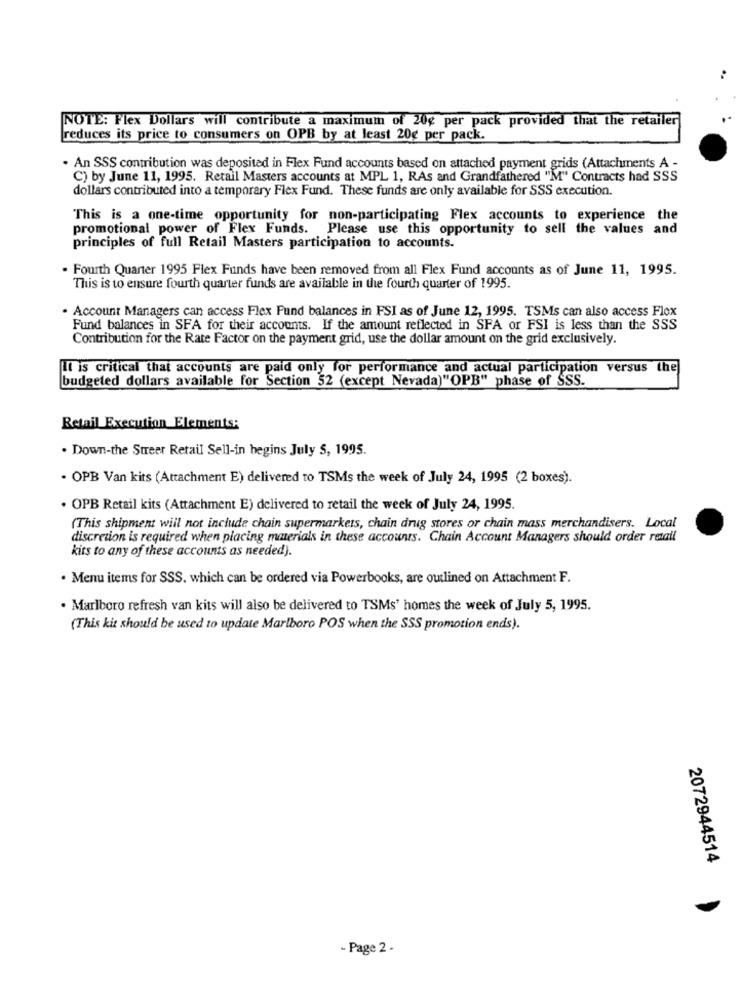
NOTE: Flex Dollars will contribute a maximum of 20g per pack provided that the retailer
reduces its price to consumers on OPB by at least 20g per pack.
. An SSS contribution was deposited in Flex Fund accounts based on attached payment grids (Attachments A -
C) by June 11, 1995. Retail Masters accounts at MPL 1, RAs and Grandfathered "M" Contracts had SSS
dollars contributed into a temporary Flex Fund. These funds are only available for SSS execution.
This is a one-time opportunity for non-participating Flex accounts to experience the
promotional power of Flex Funds. Please use this opportunity to sell the values and
principles of full Retail Masters participation to accounts.
. Fourth Quarter 1995 Flex Funds have been removed from all Flex Fund accounts as of June 11, 1995.
This is to ensure fourth quarter funds are available in the fourth quarter of 1995.
. Account Managers can access Flex Fund balances in FSI as of June 12, 1995. TSMs can also access Flex
Fund balances in SFA for their accounts. If the amount reflected in SFA or FSI is less than the SSS
Contribution for the Rate Factor on the payment grid, use the dollar amount on the grid exclusively.
It is critical that accounts are paid only for performance and actual participation versus the
budgeted dollars available for Section 52 (except Nevada)"OPB" phase of SSS.
Retail Execution_Elements:
. Down-the Street Retail Sell-in begins July 5, 1995.
. OPB Van kits (Attachment E) delivered to TSMs the week of July 24, 1995 (2 boxes).
. OPB Retail kits (Attachment E) delivered to retail the week of July 24, 1995.
(This shipment will not include chain supermarkets, chain drug stores or chain mass merchandisers. Local
discretion is required when placing materials in these accounts. Chain Account Managers should order retail
kits to any of these accounts as needed).
. Menu items for SSS. which can be ordered via Powerbooks, are outlined on Attachment F.
. Marlboro refresh van kits will also be delivered to TSMs' homes the week of July 5, 1995.
(This kit should be used to update Marlboro POS when the SSS promotion ends).
2072944514
- Page 2 -